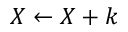
X \gets X + k